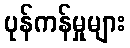
ပုန်ကန်မှုများ